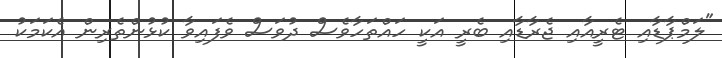
"ލަމްޕާޑާއި ޓެރީއާއި ޖެރާޑާއި ބެރީ އަކީ ހައްތަހާވެސް ދުވަސް ވެފައިވާ ކުޅުންތެރިން އެކަމަކު